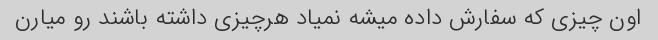
اون چیزی که سفارش داده میشه نمیاد هرچیزی داشته باشند رو میارن